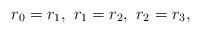
LaTeX: \begin{align*}r_0 = r_1, \ r_1 = r_2, \ r_2 = r_3,\end{align*}